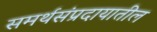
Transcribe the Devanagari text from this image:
समर्थसंप्रदायातील